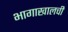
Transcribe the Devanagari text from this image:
भागाखालची